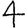
Digit: 4